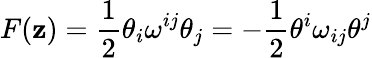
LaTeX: F(\mathbf{z})=\frac{1}{2}\theta_{i}\omega^{ij}\theta_{j}=-\frac{1}{2}\theta^{i}\omega_{ij}\theta^{j}